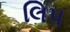
લિપ